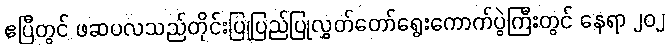
ဧပြီတွင် ဖဆပလသည်တိုင်းပြုပြည်ပြုလွှတ်တော်ရွေးကောက်ပွဲကြီးတွင် နေရာ ၂၀၂